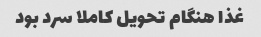
غذا هنگام تحویل کاملا سرد بود